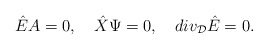
\begin{align*}{\hat E} A =0,\quad{\hat X}\Psi=0,\quad div_{\cal D} {\hat E}=0.\end{align*}